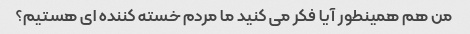
من هم همینطور آیا فکر می کنید ما مردم خسته کننده ای هستیم؟